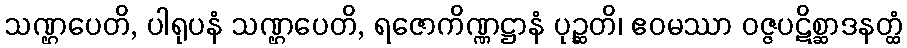
သဏ္ဌပေတိ, ပါရုပနံ သဏ္ဌပေတိ, ရဇောကိဏ္ဏဋ္ဌာနံ ပုဉ္ဆတိ၊ ဧဝမဿာ ဝဇ္ဇပဋိစ္ဆာဒနတ္ထံ